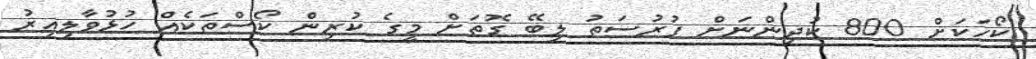
ކޯހަކަށް 800 ކުދިންނަށް ފުރުސަތު ލިބޭ ގޮތަށް މީގެ ކުރިން ކޯސްތަކެއް ހުޅުވާލިއިރު